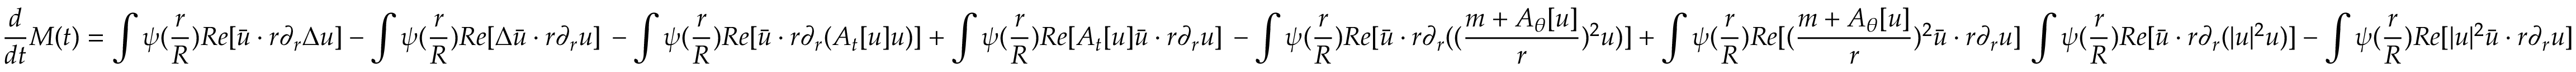
\aligned \frac { d } { d t } M ( t ) = \int \psi ( \frac { r } { R } ) R e [ \bar { u } \cdot r \partial _ { r } \Delta u ] - \int \psi ( \frac { r } { R } ) R e [ \Delta \bar { u } \cdot r \partial _ { r } u ] \, - \int \psi ( \frac { r } { R } ) R e [ \bar { u } \cdot r \partial _ { r } ( A _ { t } [ u ] u ) ] + \int \psi ( \frac { r } { R } ) R e [ A _ { t } [ u ] \bar { u } \cdot r \partial _ { r } u ] \, - \int \psi ( \frac { r } { R } ) R e [ \bar { u } \cdot r \partial _ { r } ( ( \frac { m + A _ { \theta } [ u ] } { r } ) ^ { 2 } u ) ] + \int \psi ( \frac { r } { R } ) R e [ ( \frac { m + A _ { \theta } [ u ] } { r } ) ^ { 2 } \bar { u } \cdot r \partial _ { r } u ] \, \int \psi ( \frac { r } { R } ) R e [ \bar { u } \cdot r \partial _ { r } ( | u | ^ { 2 } u ) ] - \int \psi ( \frac { r } { R } ) R e [ | u | ^ { 2 } \bar { u } \cdot r \partial _ { r } u ] \endaligned